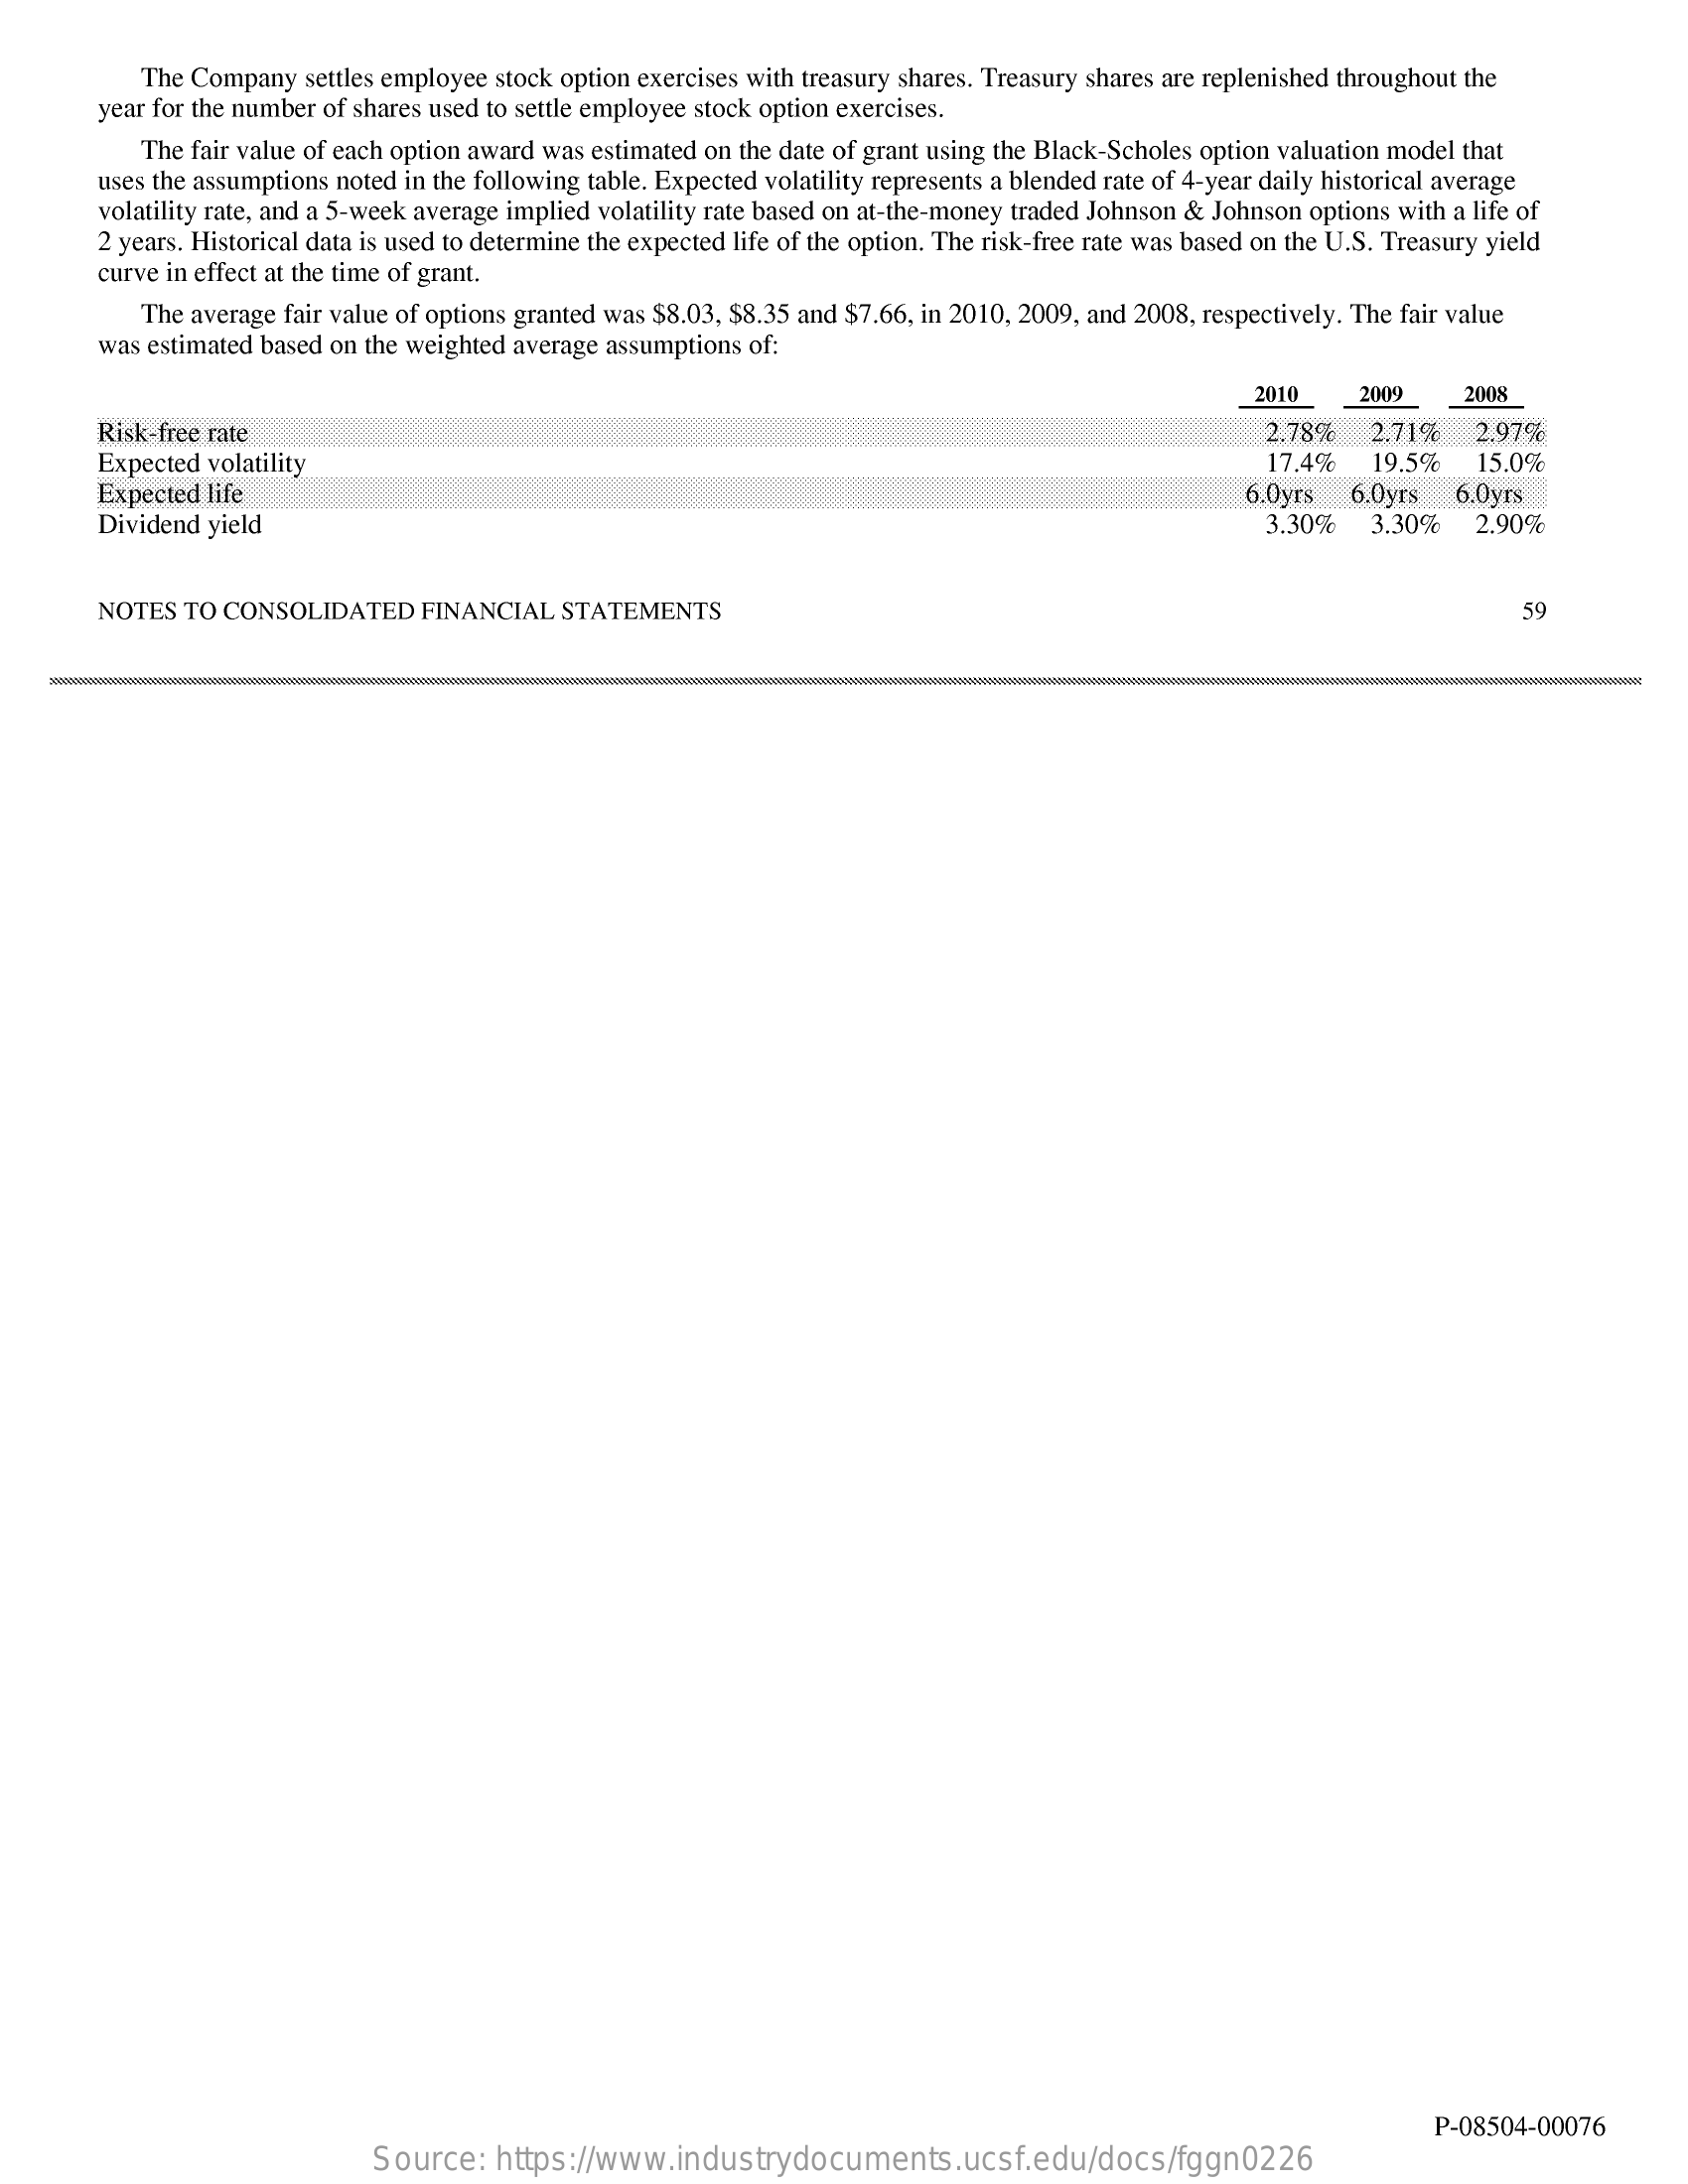
The Company settles employee stock option exercises with treasury shares. Treasury shares are replenished throughout the
     year for the number of shares used to settle employee stock option exercises.
     The fair value of each option award was estimated on the date of grant using the Black-Scholes option valuation model that
     uses the assumptions noted in the following table. Expected volatility represents a blended rate of 4-year daily historical average
     volatility rate, and a 5-week average implied volatility rate based on at-the-money traded Johnson & Johnson options with a life of
     2 years. Historical data is used to determine the expected life of the option. The risk-free rate was based on the U.S. Treasury yield
     curve in effect at the time of grant.
     The average fair value of options granted was $8.03, $8.35 and $7.66, in 2010, 2009, and 2008, respectively. The fair value
     was estimated based on the weighted average assumptions of:
     2010    2009    2008
     Risk-free rate    2.78%   2,71%   2.97%
     Expected volatility    17.4%   19.5%   15.0%
     Expected life    6.0yrs   6.0yrs
     Dividend yield
     6.0yrs
     3.30%   3.30%    2.90%
     NOTES  TO CONSOLIDATED    FINANCIAL  STATEMENTS    59
     P-08504-00076
     Source:   https://www.industrydocuments.ucsf.edu/docs/fggn0226